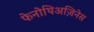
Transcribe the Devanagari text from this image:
फेनोथिअज़िनेस